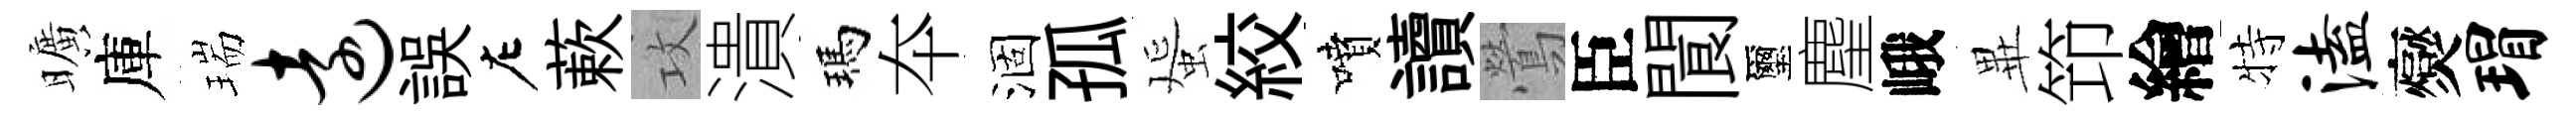
曠庫瑞远誤左蔌攻潰瑪夲涸孤蜑絞噴讀鶯臣閬璽麈峨𭺾笻繪特溘爕瑁